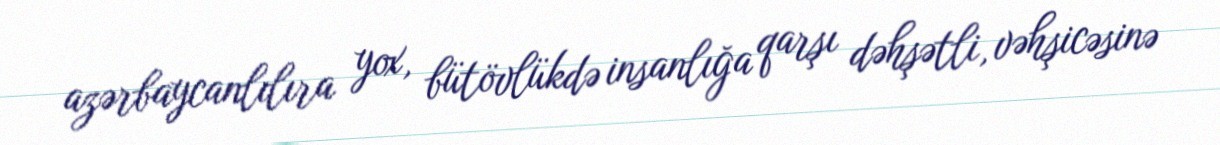
azərbaycanlılıra yox, bütövlükdə insanlığa qarşı dəhşətli, vəhşicəsinə